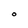
Character: O